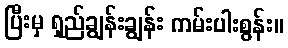
ပြီးမှ ရှည်ချွန်းချွန်း ကမ်းပါးစွန်း။